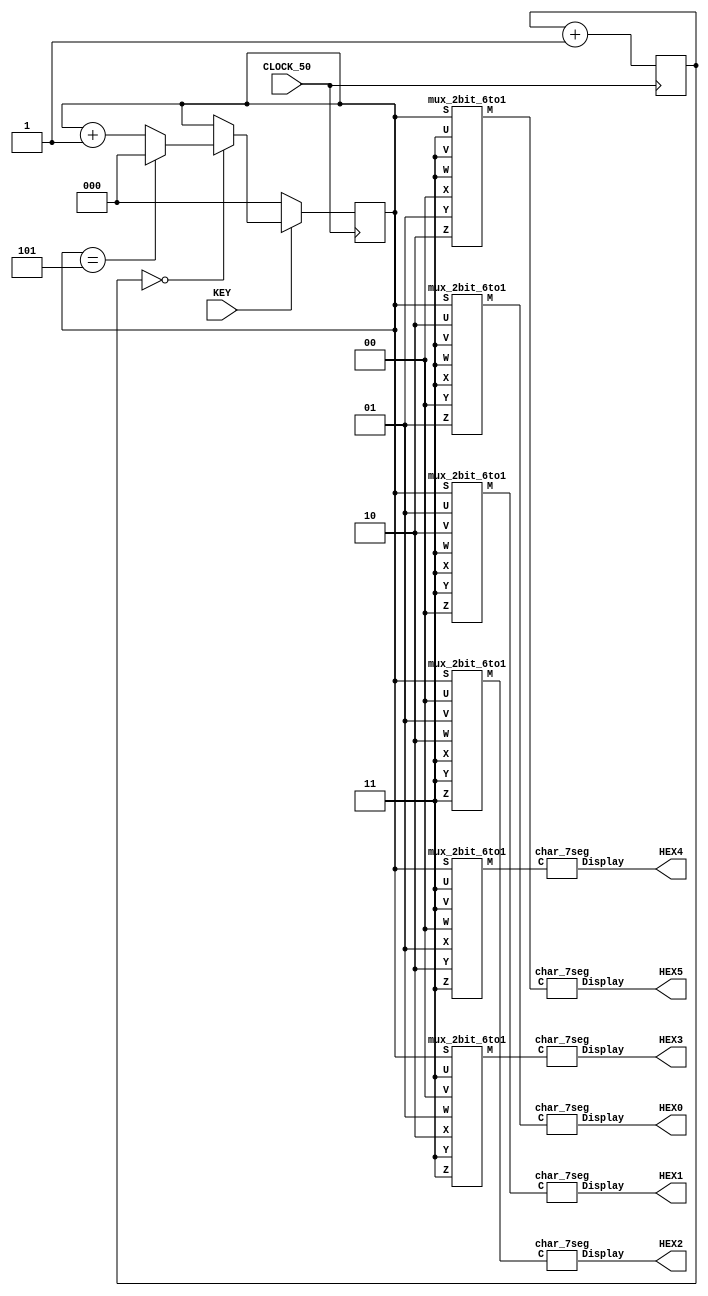
// Implements a circuit that rotates dE1 across the three 7-segment displays
// HEX2 - HEX0 
// // Implements a circuit that rotates dE1 across the six 7-segment displays
// HEX5 - HEX0
module part6_6bits (KEY, CLOCK_50, HEX5, HEX4, HEX3, HEX2, HEX1, HEX0);
	input [0:0] KEY;
	input CLOCK_50;
	output [0:6] HEX5, HEX4, HEX3, HEX2, HEX1, HEX0;	// 7-seg displays

	wire [1:0] Ch1, Ch2, Ch3, Blank;
	reg [2:0] Ch_Sel; // counter for mux select lines
	wire [1:0] H5_Ch, H4_Ch, H3_Ch, H2_Ch, H1_Ch, H0_Ch;
	assign Ch1 = 2'b00;		// d
	assign Ch2 = 2'b01;		// E
	assign Ch3 = 2'b10;		// 1
	assign Blank = 2'b11;	// blank

	parameter m = 25;
	reg [m-1:0] slow_count;
	
	// Create a 1Hz 2-bit counter

	// A large counter to produce a 1 second (approx) enable from the 50 MHz Clock
	always @(posedge CLOCK_50)
		slow_count <= slow_count + 1'b1;

	// three-bit counter that uses a slow enable, and counts from 0 to 5
	always @ (posedge CLOCK_50)
		if (KEY[0] == 1'b0)
			Ch_Sel <= 3'b000;
		else if (slow_count == 0)
			if (Ch_Sel == 3'b101)
				Ch_Sel <= 3'b000;
			else
				Ch_Sel <= Ch_Sel + 1'b1;
				
	// instantiate module mux_2bit_6to1 (S, U, V, W, X, Y, Z, M) to
	// create the multiplexer for each hex display
	mux_2bit_6to1 M5 (Ch_Sel, Blank, Blank, Blank, Ch1, Ch2, Ch3, H5_Ch);
	mux_2bit_6to1 M4 (Ch_Sel, Blank, Blank, Ch1, Ch2, Ch3, Blank, H4_Ch);
	mux_2bit_6to1 M3 (Ch_Sel, Blank, Ch1, Ch2, Ch3, Blank, Blank, H3_Ch);
	mux_2bit_6to1 M2 (Ch_Sel, Ch1, Ch2, Ch3, Blank, Blank, Blank, H2_Ch);
	mux_2bit_6to1 M1 (Ch_Sel, Ch2, Ch3, Blank, Blank, Blank, Ch1, H1_Ch);
	mux_2bit_6to1 M0 (Ch_Sel, Ch3, Blank, Blank, Blank, Ch1, Ch2, H0_Ch);

	// iinstantiate module char_7seg (C, Display) to drive the hex displays
	char_7seg H5 (H5_Ch, HEX5);
	char_7seg H4 (H4_Ch, HEX4);
	char_7seg H3 (H3_Ch, HEX3);
	char_7seg H2 (H2_Ch, HEX2);
	char_7seg H1 (H1_Ch, HEX1);
	char_7seg H0 (H0_Ch, HEX0);
endmodule

// implements a 2-bit wide 6-to-1 multiplexer
module mux_2bit_6to1 (S, U, V, W, X, Y, Z, M);
	input [2:0] S;
	input [1:0] U, V, W, X, Y, Z;
	output [1:0] M;
	wire [1:4] m_0, m_1;	// four intermediate multiplexers in the mux tree for each bit

	// 6-to-1 multiplexer for bit 0
	assign m_0[1] = (~S[0] & U[0]) | (S[0] & V[0]);
	assign m_0[2] = (~S[0] & W[0]) | (S[0] & X[0]);
	assign m_0[3] = (~S[0] & Y[0]) | (S[0] & Z[0]);
	assign m_0[4] = (~S[1] & m_0[1]) | (S[1] & m_0[2]);
	
	assign M[0] = (~S[2] & m_0[4]) | (S[2] & m_0[3]);

	// 6-to-1 multiplexer for bit 1
	assign m_1[1] = (~S[0] & U[1]) | (S[0] & V[1]);
	assign m_1[2] = (~S[0] & W[1]) | (S[0] & X[1]);
	assign m_1[3] = (~S[0] & Y[1]) | (S[0] & Z[1]);
	assign m_1[4] = (~S[1] & m_1[1]) | (S[1] & m_1[2]);
	
	assign M[1] = (~S[2] & m_1[4]) | (S[2] & m_1[3]);

endmodule	

// Converts 3-bit input code on C2-0 into 7-bit code that produces
// a character on a 7-segment display. The conversion is defined by:
// 	 C 1 0	Char
// 	----------------
//	   0 0 	'd'
// 	   0 1	'E'
// 	   1 0 	'1'
// 	   1 1	' ' Blank
//
//    
//
module char_7seg (C, Display);
	input [1:0] C;		// input code
	output [0:6] Display;	// output 7-seg code

	/*
	 *       0  
	 *      ---  
	 *     |   |
	 *    5|   |1
	 *     | 6 |
	 *      ---  
	 *     |   |
	 *    4|   |2
	 *     |   |
	 *      ---  
	 *       3  
	 */
	// the following equations describe display functions in cannonical SOP form
	assign Display[0] = ~(~C[1] & C[0]); 
	assign Display[1] = C[0];
	assign Display[2] = C[0];
	assign Display[3] = C[1];
	assign Display[4] = C[1];
	assign Display[5] = ~(~C[1] & C[0]); 
	assign Display[6] = C[1];
endmodule